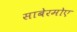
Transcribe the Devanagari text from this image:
साबेरमोए